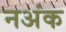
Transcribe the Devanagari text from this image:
नअंक